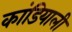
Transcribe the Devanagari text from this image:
कांडियाली